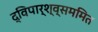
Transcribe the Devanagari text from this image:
द्विपार्श्व्सममित